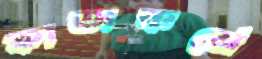
কাজকর্মে